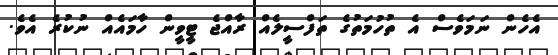
އެހެން ނަމަވެސް އެ ތުހުމަތުގެ ތަފްސީލެއް ރާއްޖެ ޓީވީން ހާމައެއް ނުކުރެ އެވެ.